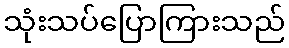
သုံးသပ်ပြောကြားသည်